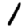
Digit: 1